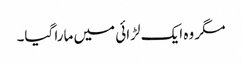
مگر وہ ایک لڑائی میں مارا گیا۔